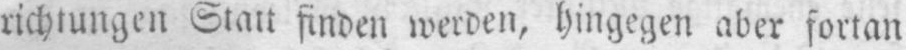
richtungen Statt finden werden, hingegen aber fortan